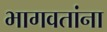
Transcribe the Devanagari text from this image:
भागवतांना